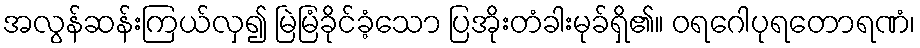
အလွန်ဆန်းကြယ်လှ၍ မြဲမြံခိုင်ခံ့သော ပြအိုးတံခါးမုခ်ရှိ၏။ ဝရဂေါပုရတောရဏံ၊